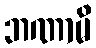
ဘဏာမိ